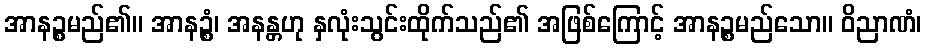
အာနဉ္စမည်၏။ အာနဉ္စံ၊ အနန္တဟု နှလုံးသွင်းထိုက်သည်၏ အဖြစ်ကြောင့် အာနဉ္စမည်သော။ ဝိညာဏံ၊